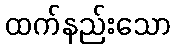
ထက်နည်းသော